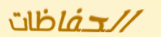
الحفاظات